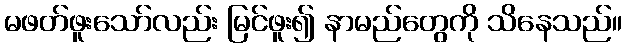
မဖတ်ဖူးသော်လည်း မြင်ဖူး၍ နာမည်တွေကို သိနေသည်။